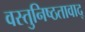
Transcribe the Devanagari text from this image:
वस्तुनिष्ठतावाद्